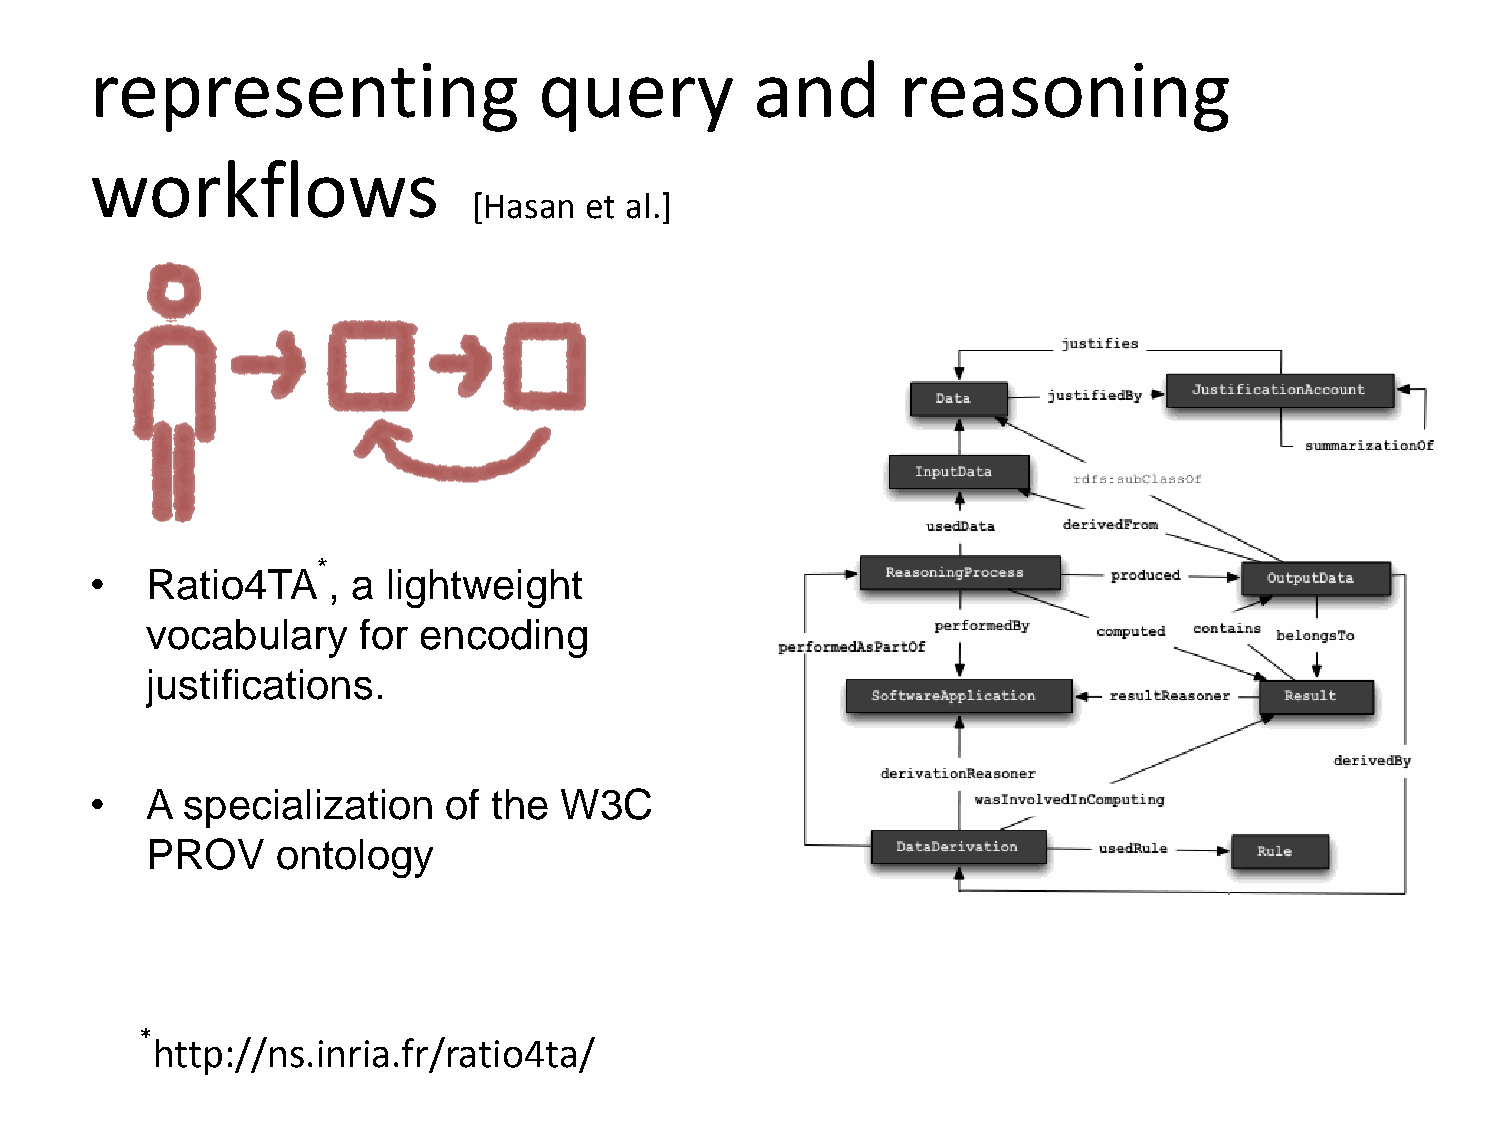
representing                  query         and       reasoning
 workflows
 [Hasan  et al.]
 *
 •   Ratio4TA    , a lightweight
 vocabulary    for encoding
 justifications.
 •   A specialization   of  the W3C
 PROV    ontology
 *
 http://ns.inria.fr/ratio4ta/